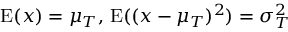
\operatorname { E } ( x ) = \mu _ { T } , \, \operatorname { E } ( ( x - \mu _ { T } ) ^ { 2 } ) = \sigma _ { T } ^ { 2 }